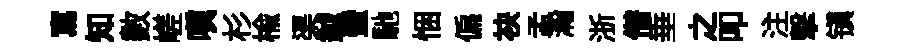
寫知數嵯嗔杉榆渠鉞蜑馳悃偏袂孟瀚浙僣垂之叩注擊镇